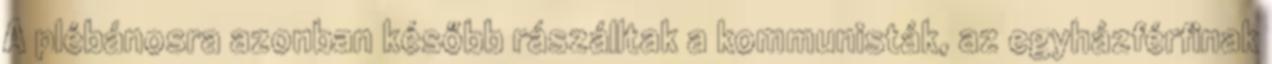
A plébánosra azonban később rászálltak a kommunisták, az egyházférfinak